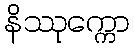
နိဿုက္ကော